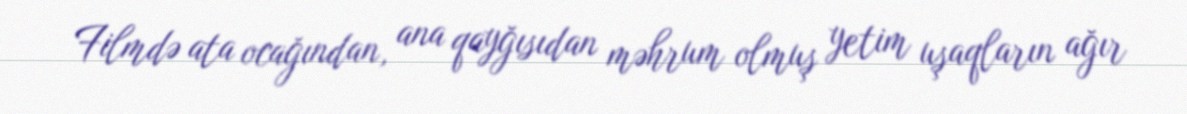
Filmdə ata ocağından, ana qayğısıdan məhrum olmuş yetim uşaqların ağır